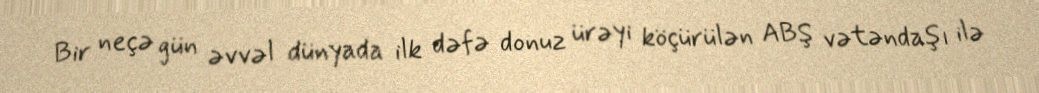
Bir neçə gün əvvəl dünyada ilk dəfə donuz ürəyi köçürülən ABŞ vətəndaşı ilə